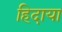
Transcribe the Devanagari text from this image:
हिदाया